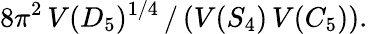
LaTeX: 8\pi^{2}\, V(D_{5})^{1/4}\, /\, (V(S_{4})\, V(C_{5})).